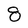
Character: 8